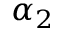
\alpha _ { 2 }